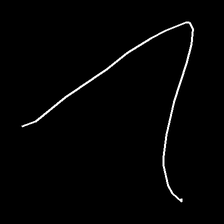
Glyph: region